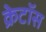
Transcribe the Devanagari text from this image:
क्रेटॉस